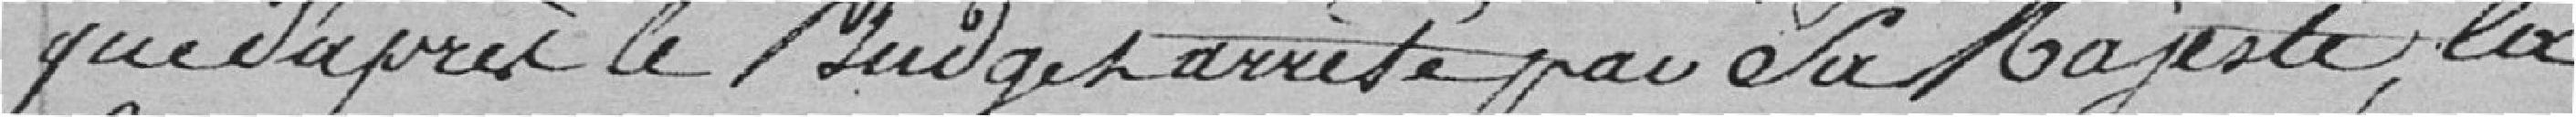
que d'après le budget arrêté par Sa Majesté, la